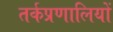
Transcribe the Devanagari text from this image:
तर्कप्रणालियों